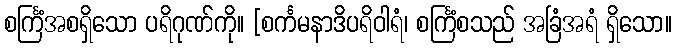
စင်္ကြံအစရှိသော ပရိဂုဏ်ကို။ [စင်္ကမနာဒိပရိဝါရံ၊ စင်္ကြံစသည် အခြံအရံ ရှိသော။